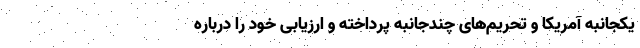
یکجانبه آمریکا و تحریم‌های چندجانبه پرداخته و ارزیابی خود را درباره